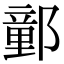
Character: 𨝯